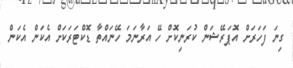
ގިނަ ފަހަރަށް އޮޕަރޭޝަން ކުރަނިކޮށް ހޭ އަރާނަމަ ހޭނައްތާ ޑޮކްޓަރަކަށް އެކަން އެކަން